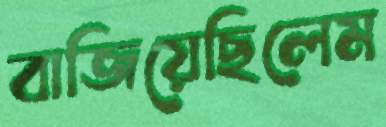
বাজিয়েছিলেম